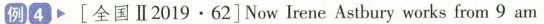
例④ [全国Ⅱ2019·62]Now Irene Astbury works from 9 am